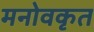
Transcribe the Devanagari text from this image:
मनोवकृत